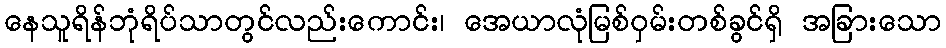
နေသူရိန်ဘုံရိပ်သာတွင်လည်းကောင်း၊ အေယာလုံမြစ်ဝှမ်းတစ်ခွင်ရှိ အခြားသော